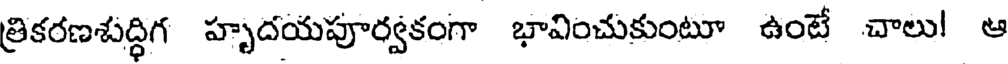
త్రికరణశుద్ధిగ హృదయపూర్వకంగా భావించుకుంటూ ఉంటే చాలు! ఆ